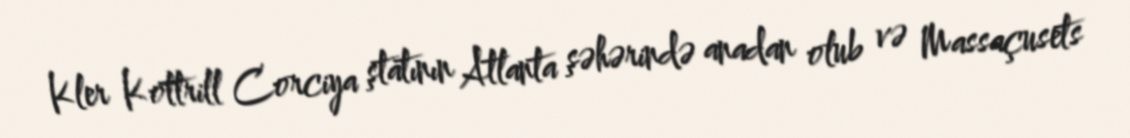
Kler Kottrill Corciya ştatının Atlanta şəhərində anadan olub və Massaçusets